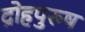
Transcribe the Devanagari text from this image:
द्रोहपुरुष